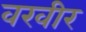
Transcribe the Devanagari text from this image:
वरवीर